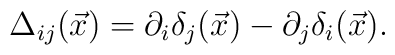
\Delta_{ij}(\vec x)=\partial_i\delta_j(\vec x)-\partial_j\delta_i(\vec x).